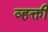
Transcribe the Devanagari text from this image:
व्हक्ती